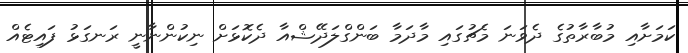
ކަމަށާއި މުބާރާތުގެ ދެވަނަ މެޗުގައި މާދަމާ ބަންގްލަދޭޝްއާ ދެކޮޅަށް ނިކުންނާނީ ރަނގަޅު ފައިޓެއް